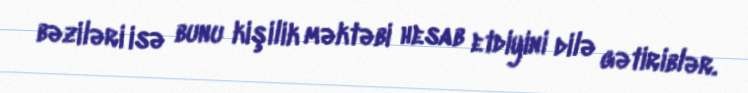
bəziləri isə bunu kişilik məktəbi hesab etdiyini dilə gətiriblər.